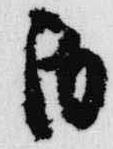
丙